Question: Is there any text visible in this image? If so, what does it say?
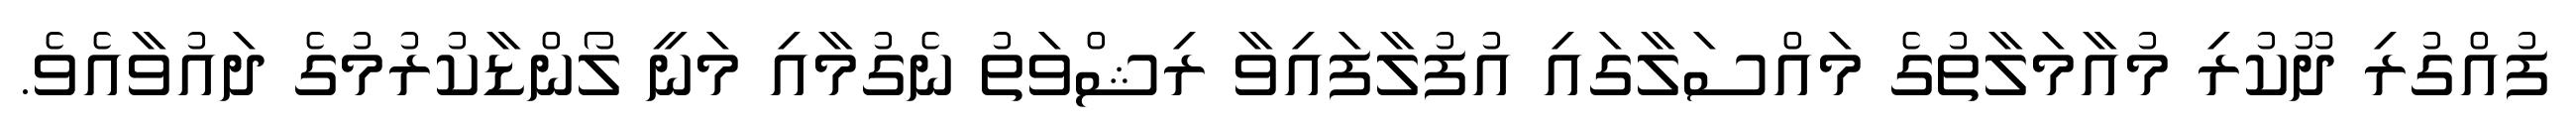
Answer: ފުއްގުރި ދޫކުރި މުއާމަލާތުގެ މައްސަލާގައި އުފުލާފައިވާ ރިޝްވަތު ނެގުމާއި މަނީ ލޯންޑާކުރުމުގެ ދައުވާއެވެ.